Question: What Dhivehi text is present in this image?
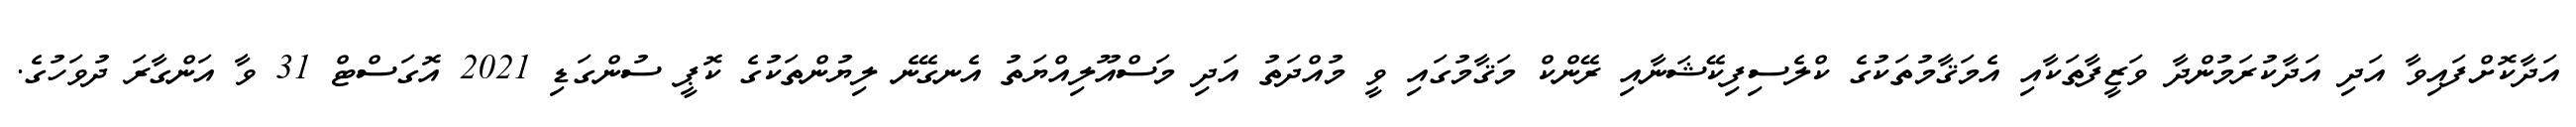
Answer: އަދާކޮށްފައިވާ އަދި އަދާކުރަމުންދާ ވަޒީފާތަކާއި އެމަޤާމުތަކުގެ ކްލެސިފިކޭޝަނާއި ރޭންކް މަޤާމުގައި ވީ މުއްދަތު އަދި މަސްއޫލިއްޔަތު އެނގޭނެ ލިޔުންތަކުގެ ކޮޕީ ސުންގަޑި 2021 އޮގަސްޓް 31 ވާ އަންގާރަ ދުވަހުގެ.